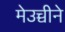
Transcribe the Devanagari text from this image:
मेउच्चीने